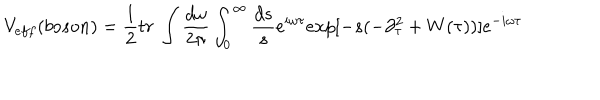
V _ { e f f } ( b o s o n ) = \frac { 1 } { 2 } t r \ \int \frac { d \omega } { 2 \pi } \int _ { 0 } ^ { \infty } \frac { d s } { s } e ^ { i \omega \tau } e x p [ - s ( - \partial _ { \tau } ^ { 2 } + W ( \tau ) ) ] e ^ { - i \omega \tau } \,